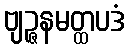
ဗျဉ္ဇနမတ္ထပဒံ